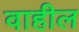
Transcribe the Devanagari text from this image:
वाहील